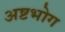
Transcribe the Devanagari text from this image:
अष्टभोग